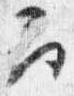
召